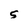
Character: S